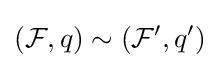
({\mathcal {F}},q)\sim ({\mathcal {F}}',q')